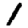
Digit: 1